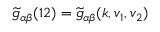
\widetilde { g } _ { \alpha \beta } ( 1 2 ) = \widetilde { g } _ { \alpha \beta } ( \boldsymbol { k } , \boldsymbol { v } _ { 1 } , \boldsymbol { v } _ { 2 } )